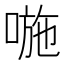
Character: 𠷇